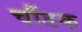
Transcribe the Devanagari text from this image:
चौंडक